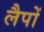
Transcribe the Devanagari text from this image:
लैपों